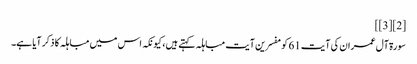
[2][3]]
سورۃ آل عمران کی آیت 61 کو مفسرین آیت مباہلہ کہتے ہیں، کیونکہ اس میں مباہلہ کا ذکر آیا ہے۔